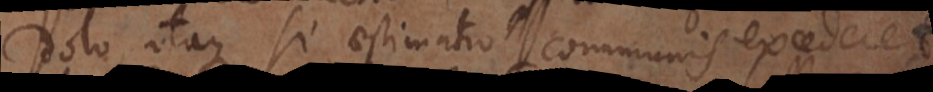
dolo, itaque si aestimatio communis excederet